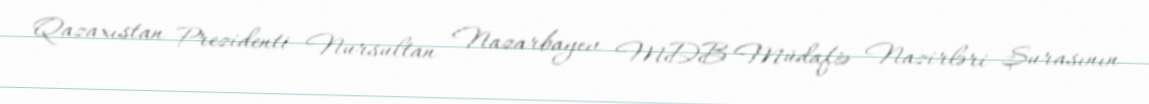
Qazaxıstan Prezidenti Nursultan Nazarbayev MDB Müdafiə Nazirləri Şurasının